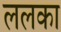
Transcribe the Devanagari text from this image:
ललका